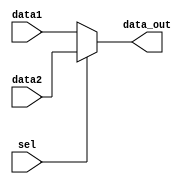
module mux2x1(data1, data2, sel, data_out);

input [31:0] data1, data2;
input sel;
output [31:0] data_out;

reg [31:0] data_out;

always @(data1, data2, sel)
begin
	if(sel == 0)
		data_out <= data1;
	else
		data_out <= data2;
	end
endmodule